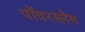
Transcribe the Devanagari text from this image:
पॉवरस्लैम